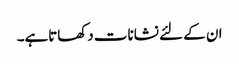
ان کے لئے نشانات دکھاتاہے۔